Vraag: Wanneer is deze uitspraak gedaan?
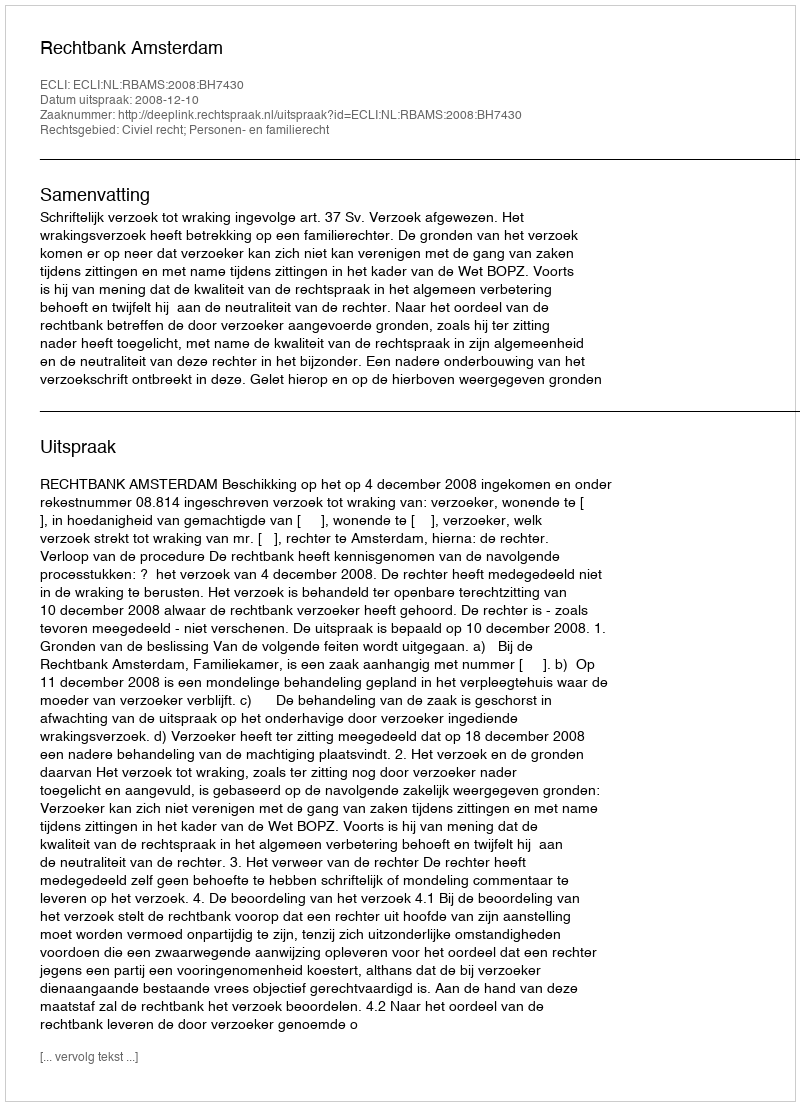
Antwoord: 2008-12-10